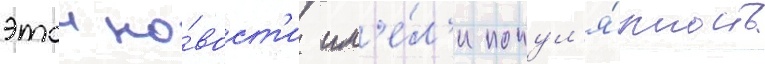
этои но́вост'и им'е́л'и попул'я́рность